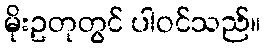
မိုးဥတုတွင် ပါဝင်သည်။